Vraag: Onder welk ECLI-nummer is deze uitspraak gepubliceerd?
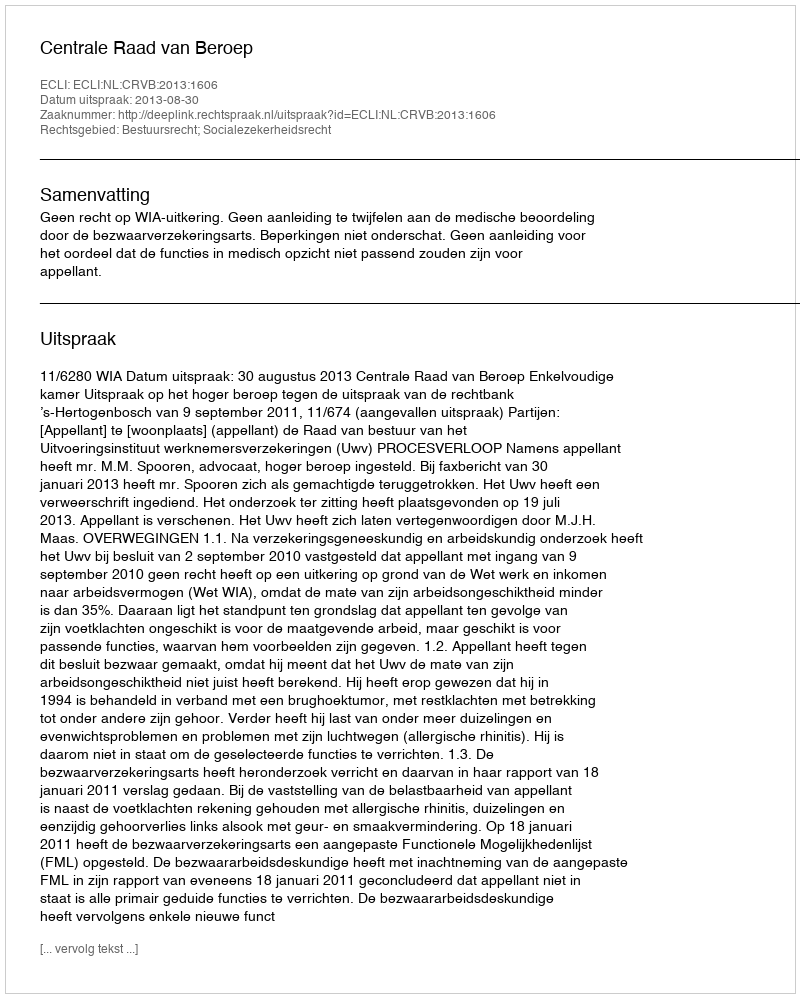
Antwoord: ECLI:NL:CRVB:2013:1606